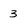
Character: 3